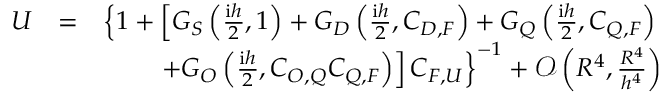
\begin{array} { r l r } { U } & { = } & { \left\{ 1 + \left[ G _ { S } \left( \frac { \mathrm { i } h } { 2 } , 1 \right) + G _ { D } \left( \frac { \mathrm { i } h } { 2 } , C _ { D , F } \right) + G _ { Q } \left( \frac { \mathrm { i } h } { 2 } , C _ { Q , F } \right) \right. \right. } \\ & { } & { \left. \left. + G _ { O } \left( \frac { \mathrm { i } h } { 2 } , C _ { O , Q } C _ { Q , F } \right) \right] C _ { F , U } \right\} ^ { - 1 } + \mathcal { O } \left( R ^ { 4 } , \frac { R ^ { 4 } } { h ^ { 4 } } \right) } \end{array}